Regulations for the medical services of the Army of India
Year: 1930
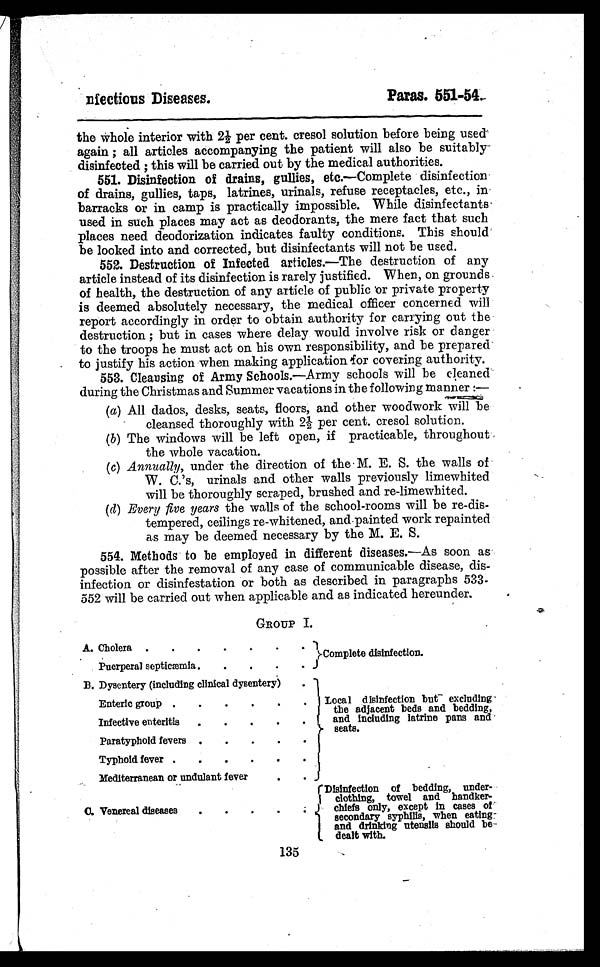
nfectious Diseases.
Pares. 551–54.
the whole interior with 2 per cent. cresol solution before being used
again ; all articles accompanying the patient will also be suitably-
disinfected ; this will be carried out by the medical authorities.
551. Disinfection of drains, gullies, etc.—Complete disinfection
of drains, gullies, taps, latrines, urinals, refuse receptacles, etc., in
barracks or in camp is practically impossible. While disinfectants-
used in such places may act as deodorants, the mere fact that such
places need deodorization indicates faulty conditions. This should
be looked into and corrected, but disinfectants will not be used.
552. Destruction of Infected articles. —The destruction of any
article instead of its disinfection is rarely justified. When, on grounds
of health, the destruction of any article of public 'or private property
is deemed absolutely necessary, the medical officer concerned will
report accordingly in order to obtain authority for carrying out the
destruction ; but in cases where delay would involve risk or danger
to the troops he must act on his own responsibility, and be prepared
to justify his action when making application for covering authority.
553. Cleansing of Army Schools.—Army schools will be cleaned
during the Christmas and Summer vacations in the following manner:—
(a) All dados, desks, seats, floors, and other woodwork will be
cleansed thoroughly with 2½ per cent. cresol solution.
(b) The windows will be left open, if practicable, throughout
the whole vacation.
( c ) A n n u a l l y ,
u n d e r t h e d i r e c t i o n o f t h e M . E . S . t h e w a l l s o f
W. C.'s, urinals and other walls previously limewhited
will be thoroughly scraped, brushed and re-limewhited.
( d ) E v e r y f i v e y e a r s
the walls of the school-rooms will be re-dis-
tempered, ceilings re-whitened, and painted work repainted
as may be deemed necessary by the M. E. S.
554. Methods to be employed in different diseases. —As soon as
possible after the removal of any case of communicable disease, dis-
infection or disinfestation or both as described in paragraphs 533–-
552 will be carried out when applicable and as indicated hereunder.
GROUP I.
A. Cholera . . . . . . .
Complete disinfection.
Puerperal septicæmia.
.
.
.
.
B. Dysentery (including clinical dysentery)
.
Local disinfection but excluding
the adjacent beds and bedding,
and including latrine pans and
seats.
Enteric group .
.
.
.
.
.
Infective enteritis
.
.
.
.
.
Paratyphoid fevers .
. . . .
Typhoid fever .
.
.
.
.
.
Mediterranean or undulant fever
. .
C. Venereal diseases
.
.
.
.
Disinfection of bedding, under-
clothing, towel and handker-
chiefs only, except in cases of
secondary syphilis, when eating-
and drinking utensils should be
dealt with.
135